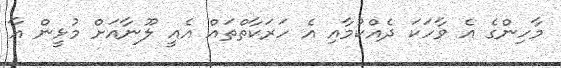
މާހިންގެ އެ ވާހަކަ ދެއްކުމާއި އެ ހަރަކާތްތައް އެއީ ލޫނާއަށް މުޅީން އާ